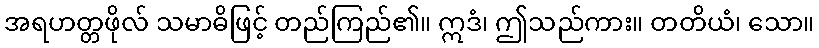
အရဟတ္တဖိုလ် သမာဓိဖြင့် တည်ကြည်၏။ ဣဒံ၊ ဤသည်ကား။ တတိယံ၊ သော။